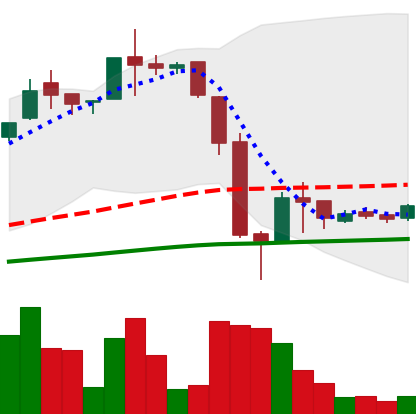
Ticker: LTC-USD
Chart end date: 2016-06-30
Forward return: 6.171%
Label: up_5_7